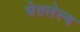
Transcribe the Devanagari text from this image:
घेतलेल्य